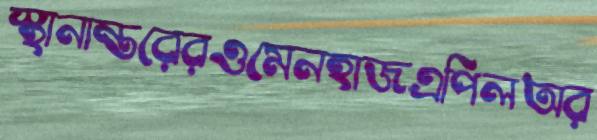
স্থানান্তরেরওমেনহাজএপিলঅর